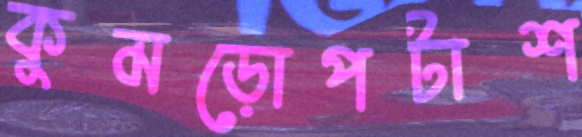
কুমড়োপটাশ